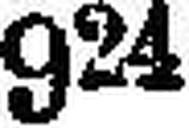
924